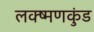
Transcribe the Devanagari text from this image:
लक्ष्मणकुंड